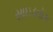
સાઇડવૉક